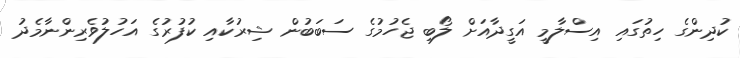
ކުދިންގެ ހިތުގައި އިސްލާމީ އަގީދާއަށް ލޯބި ޖެހުމުގެ ސަބަބުން ޝިރުކާއި ކުފުރުގެ އަހުލުވެރިންނާމެދު